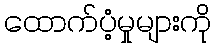
ထောက်ပံ့မှုများကို